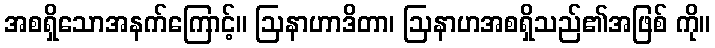
အစရှိသောအနက်ကြောင့်။ ဩနာဟာဒိတာ၊ ဩနာဟအစရှိသည်၏အဖြစ် ကို။